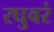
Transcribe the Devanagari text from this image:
रघुवरं